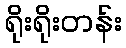
ရိုးရိုးတန်း